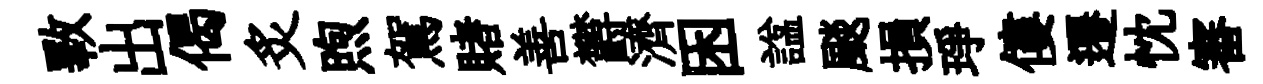
斁出偈炙煦駕賭善欝濟困諡颷損琤僂遷忱審